65_HS1-834228961_62-HQ-83894_Section_3
Agency: FBI
Page 188
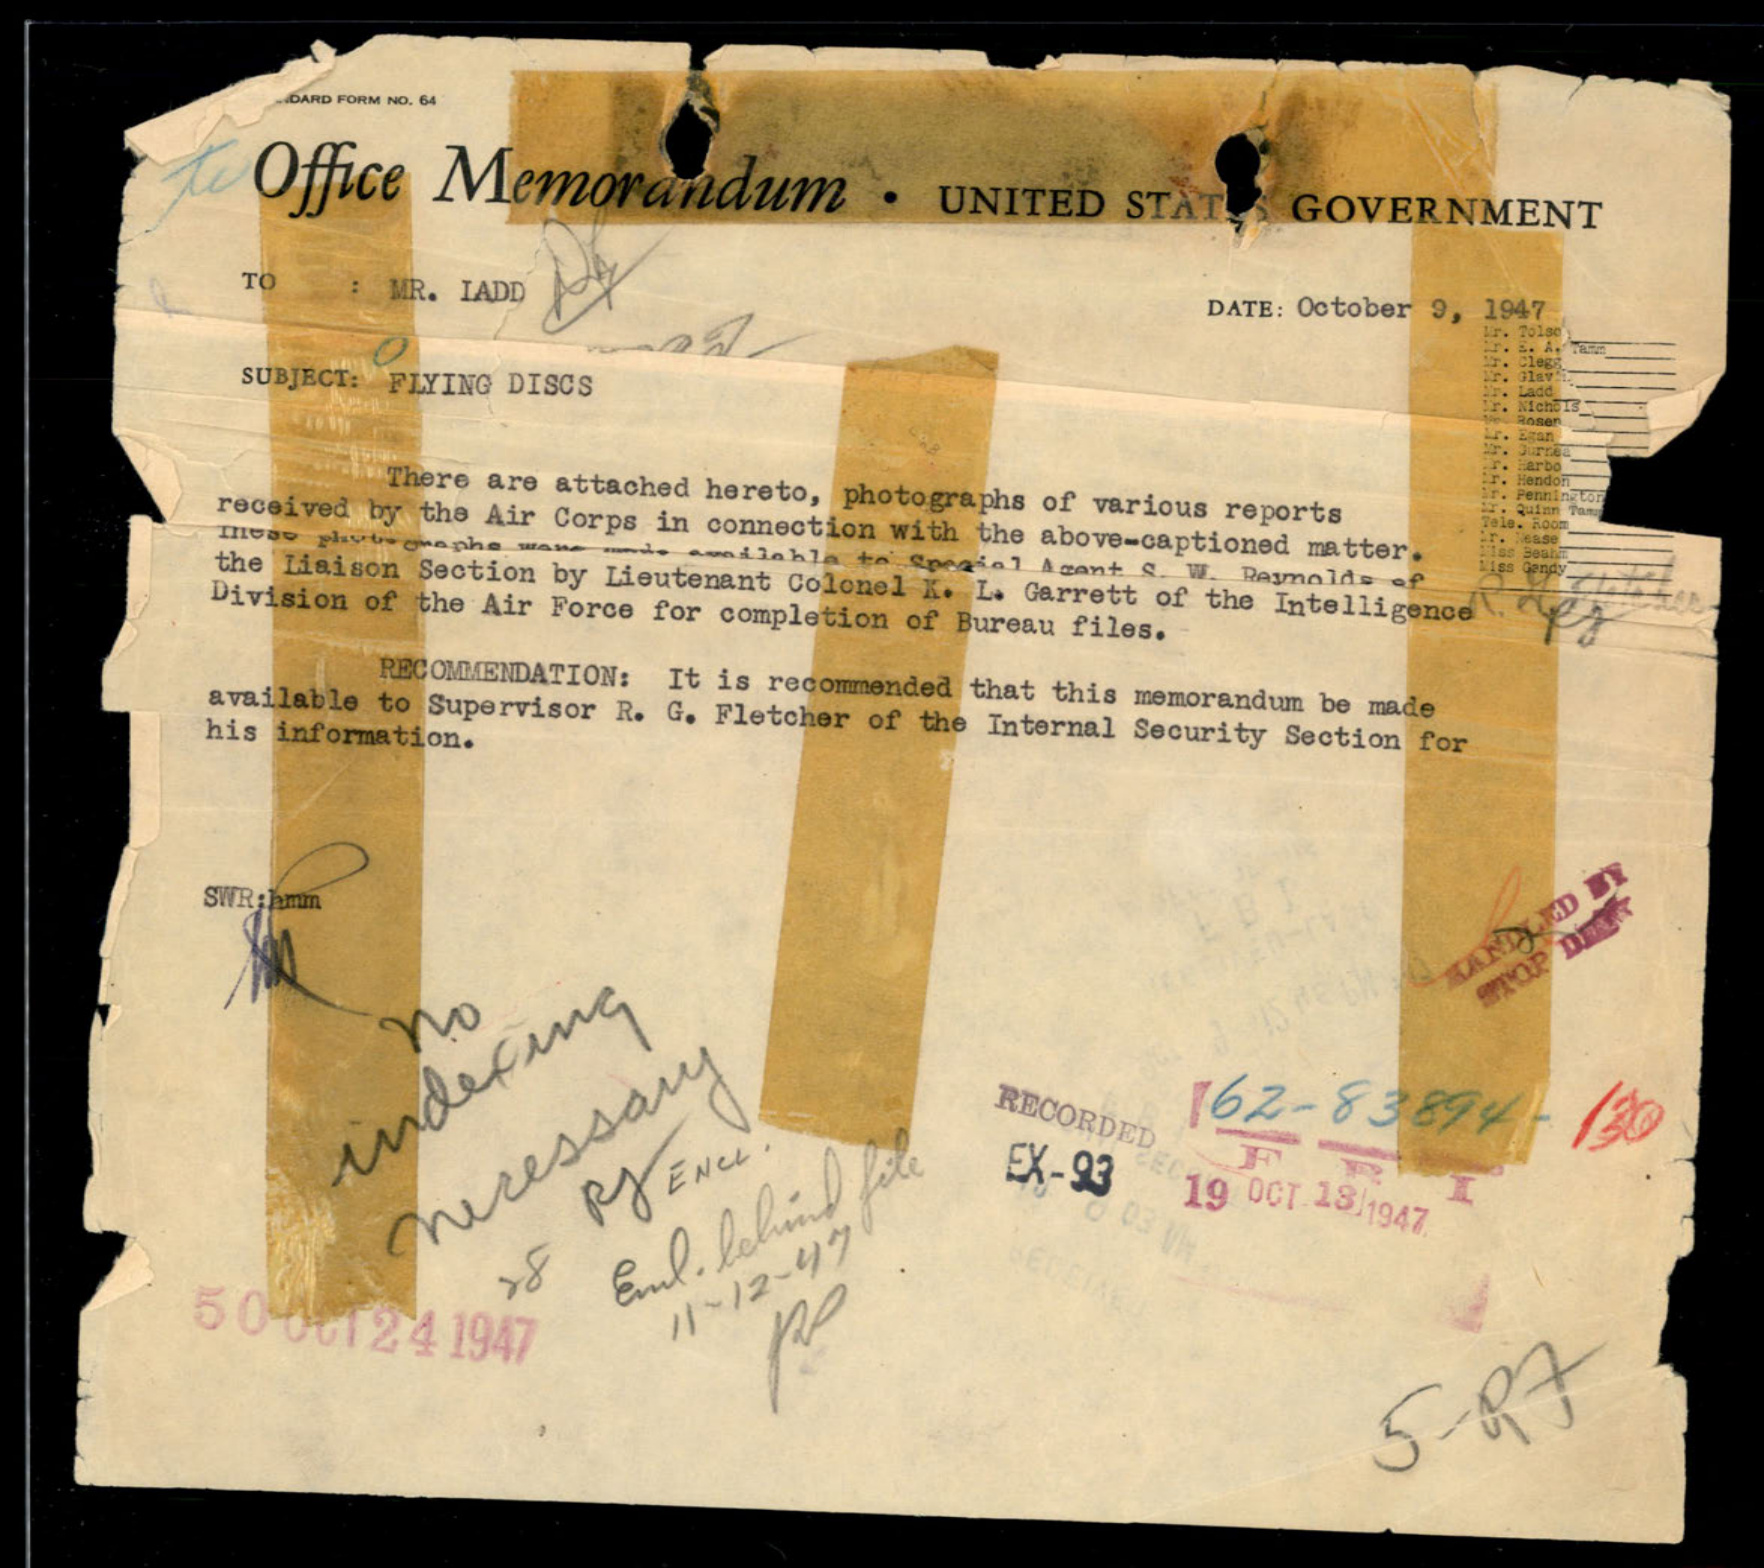